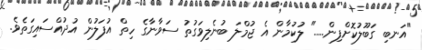
"އަނބި ގަބޫލުކޮށްފިން....." ލުކުމާން އެ ޖުމްލަ ބުނެލިވަގުތު ސަވާނާގެ ހިތް އުފަލުން އުދުއްސައިގަތެވެ.